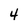
Character: 4